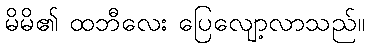
မိမိ၏ ထဘီလေး ပြေလျော့လာသည်။